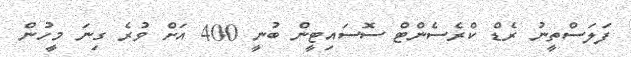
ފަލަސްތީނު ރެޑް ކްރެސެންޓް ސޮސައިޓީން ބުނީ 400 އަށް ވުރެ ގިނަ މީހުން